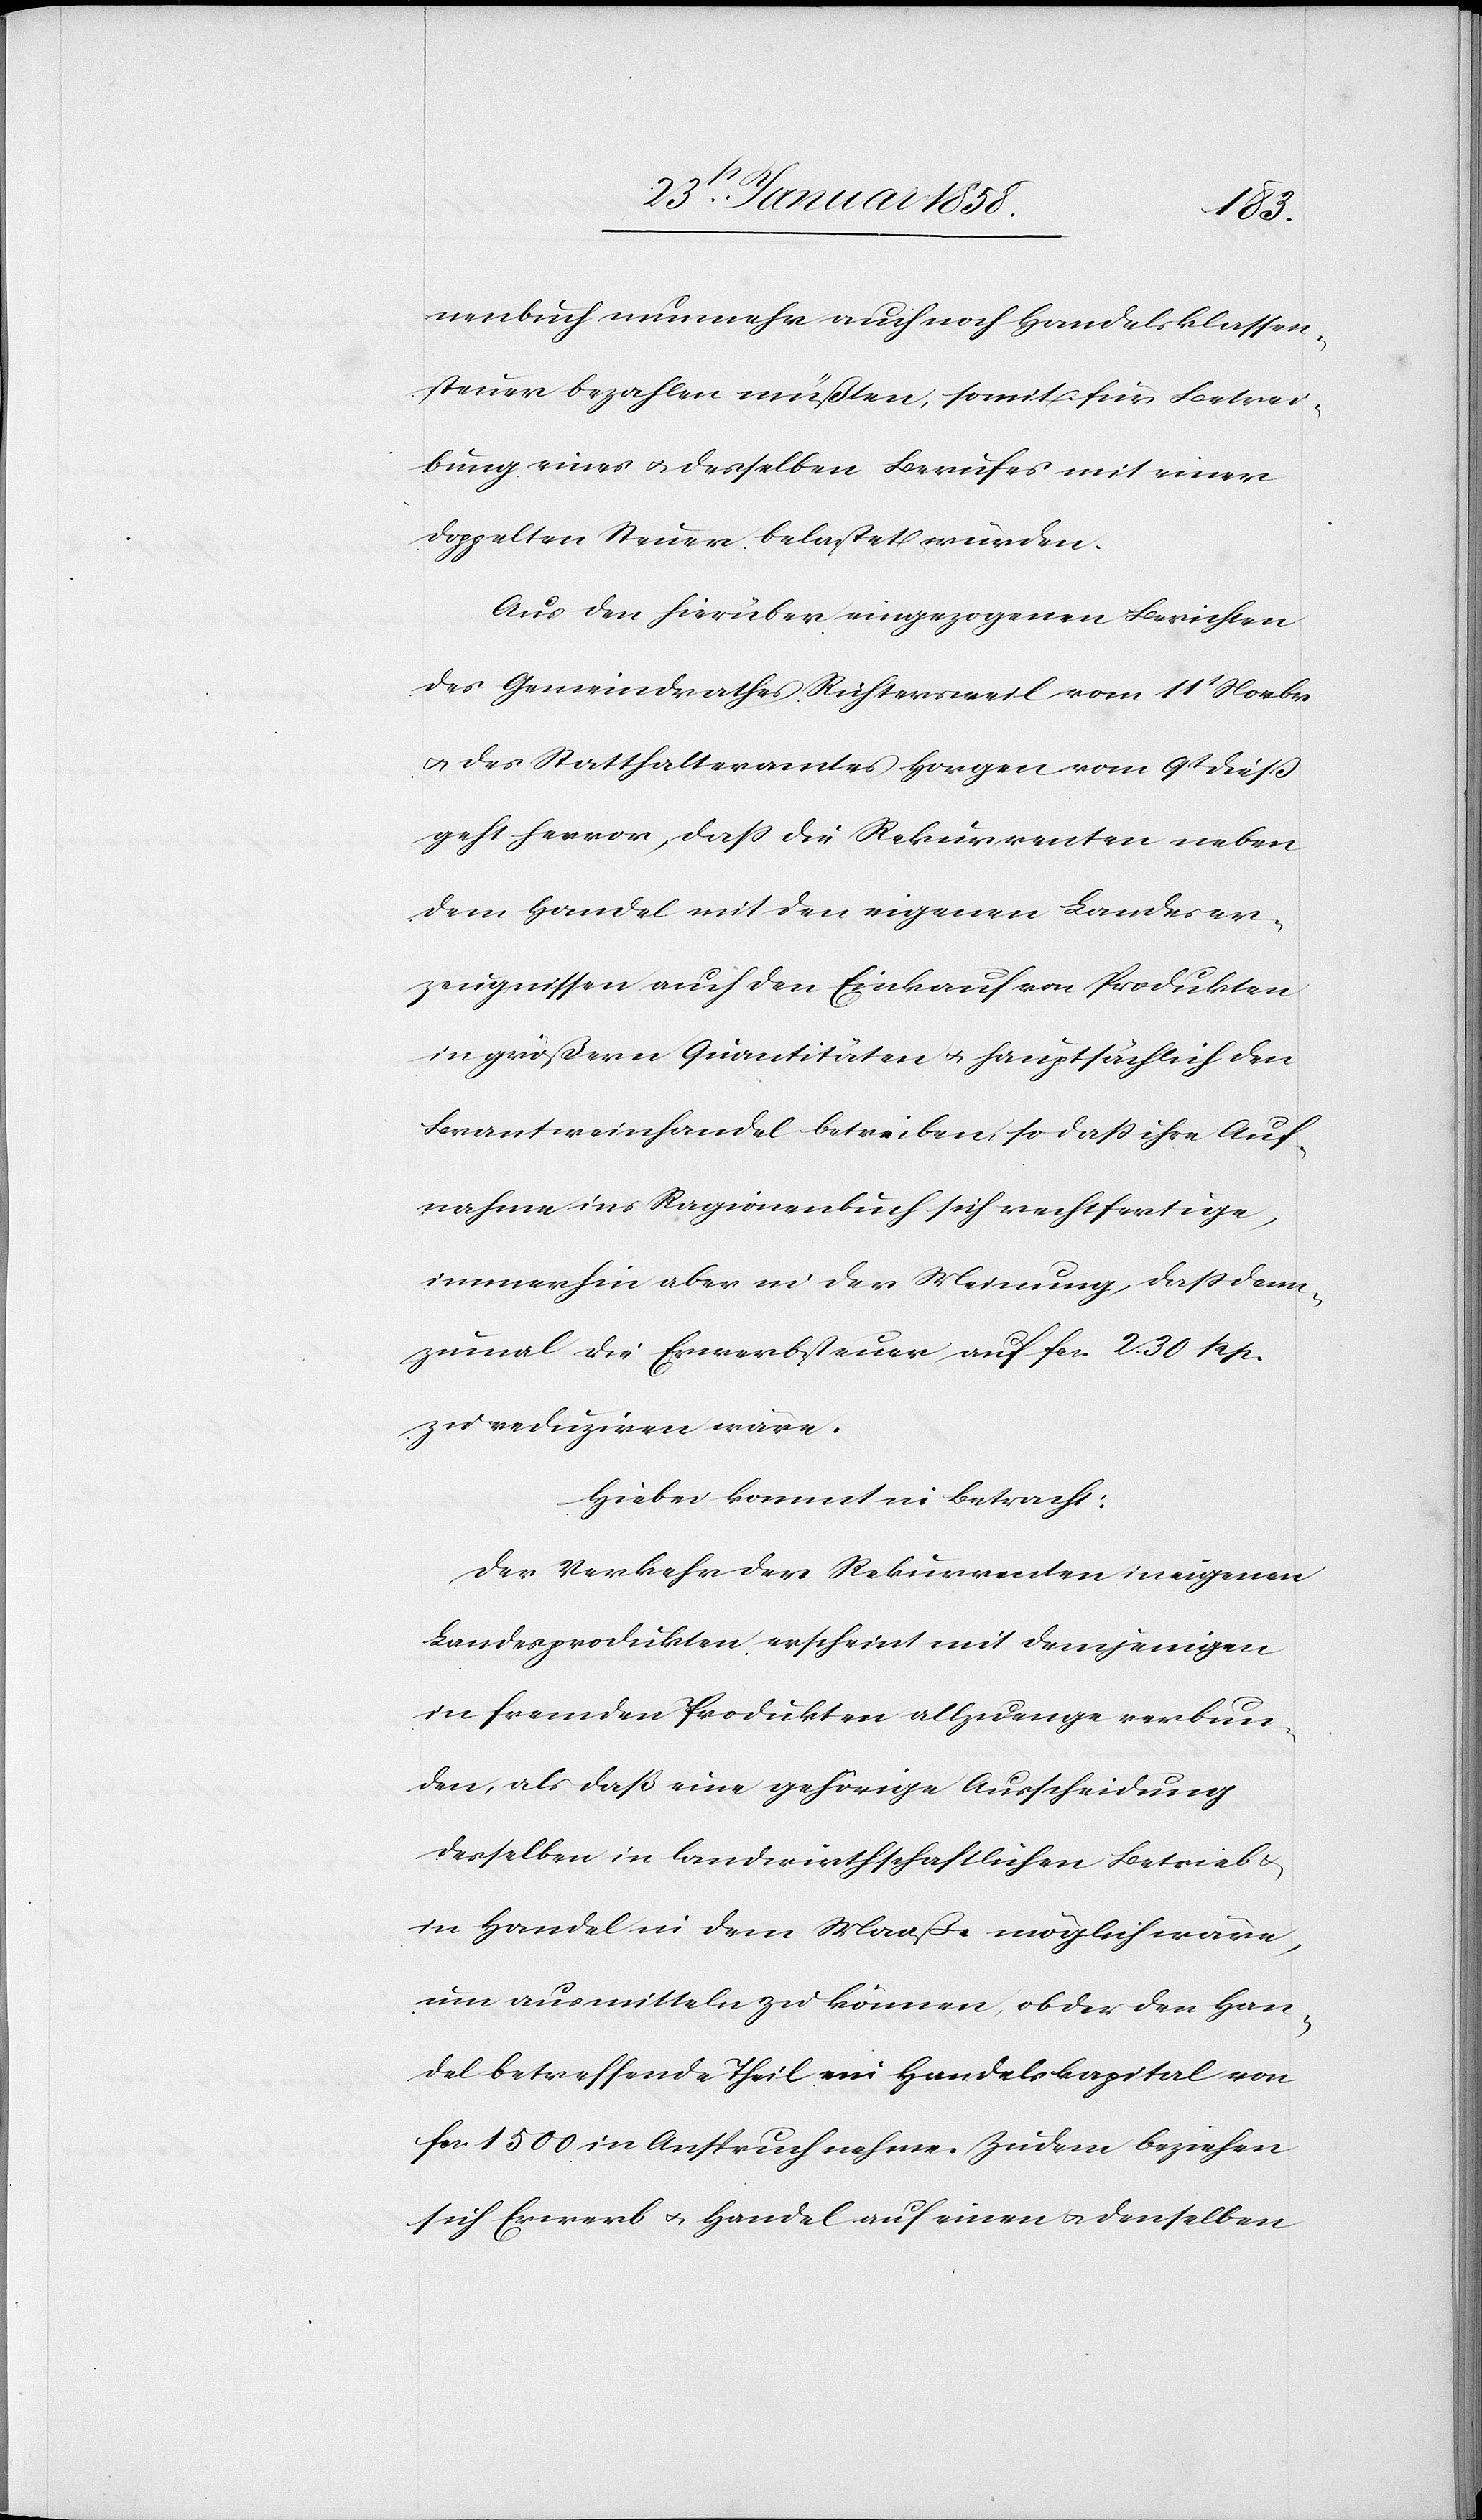
nenbuch nunmehr auch noch Handelsklassen¬
steuer bezahlen müßten, somit für Betrei¬
bung eines u. desselben Berufes mit einer
doppelten Steuer belastet würden.
Aus den hierüber eingezogenen Berichten
des Gemeindrathes Richtersweil vom 11t Novbr.
u. des Statthalteramtes Horgen vom 9t dieß
geht hervor, daß die Rekurrenten neben
dem Handel mit den eigenen Landeser¬
zeugnissen auch den Einkauf von Produkten
in größern Quantitäten u. hauptsächlich den
Brantweinhandel betreiben, so daß ihre Auf¬
nahme ins Ragionenbuch sich rechtfertige,
immerhin aber in der Meinung, daß dann¬
zumal die Erwerbsteuer auf fcs. 2. 30 Rp.
zu reduziren wäre.
Hiebei kommt in Betracht:
Der Verkehr der Rekurrenten in eigenen
Landesprodukten erscheint mit demjenigen
in fremden Produkten allzuenge verbun¬
den, als daß eine gehörige Ausscheidung
desselben in landwirthschaftlichen Betrieb
in Handel in dem Maaße möglich wäre,
um ausmitteln zu können, ob der den Han¬
del betreffende Theil ein Handelskapital von
fcs. 1500 in Anspruch nehme. Zudem beziehen
sich Erwerb u. Handel auf einen u. denselben